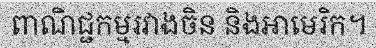
ពាណិជ្ជកម្មរវាងចិន និងអាមេរិក។